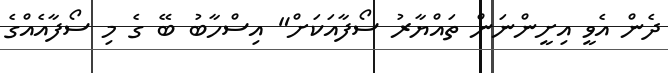
ދެން އެވީ އިށީންނަން ތައްޔާރު ސޯފާއަކަށް" އިސްހާބު ބޭ ގެ މި ސޯފާއެއްގެ